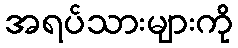
အရပ်သားများကို